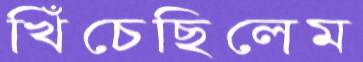
খিঁচেছিলেম